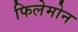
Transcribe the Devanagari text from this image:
फिलेमोन